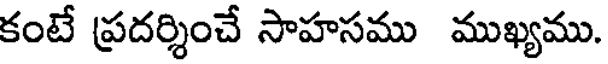
కంటే ప్రదర్శించే సాహసము ముఖ్యము.